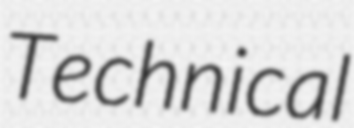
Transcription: Technical